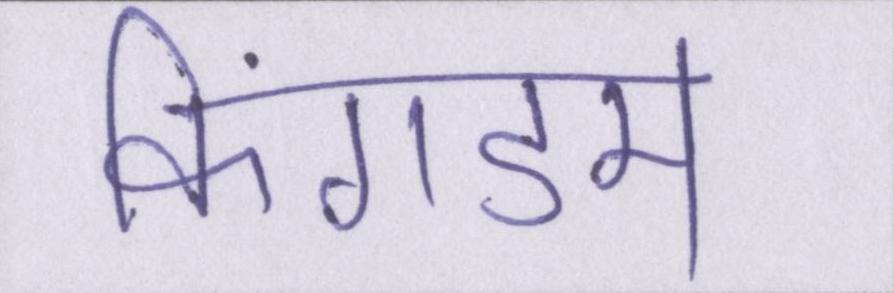
किंगडम